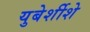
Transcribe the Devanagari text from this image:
युबेर्शीशे